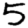
Digit: 5